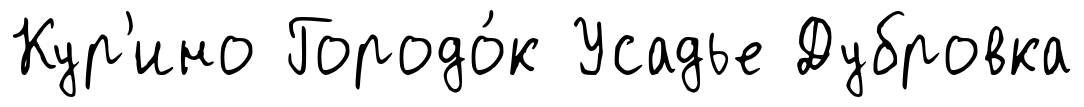
Кур'ино Городо́к Усадье Дубровка